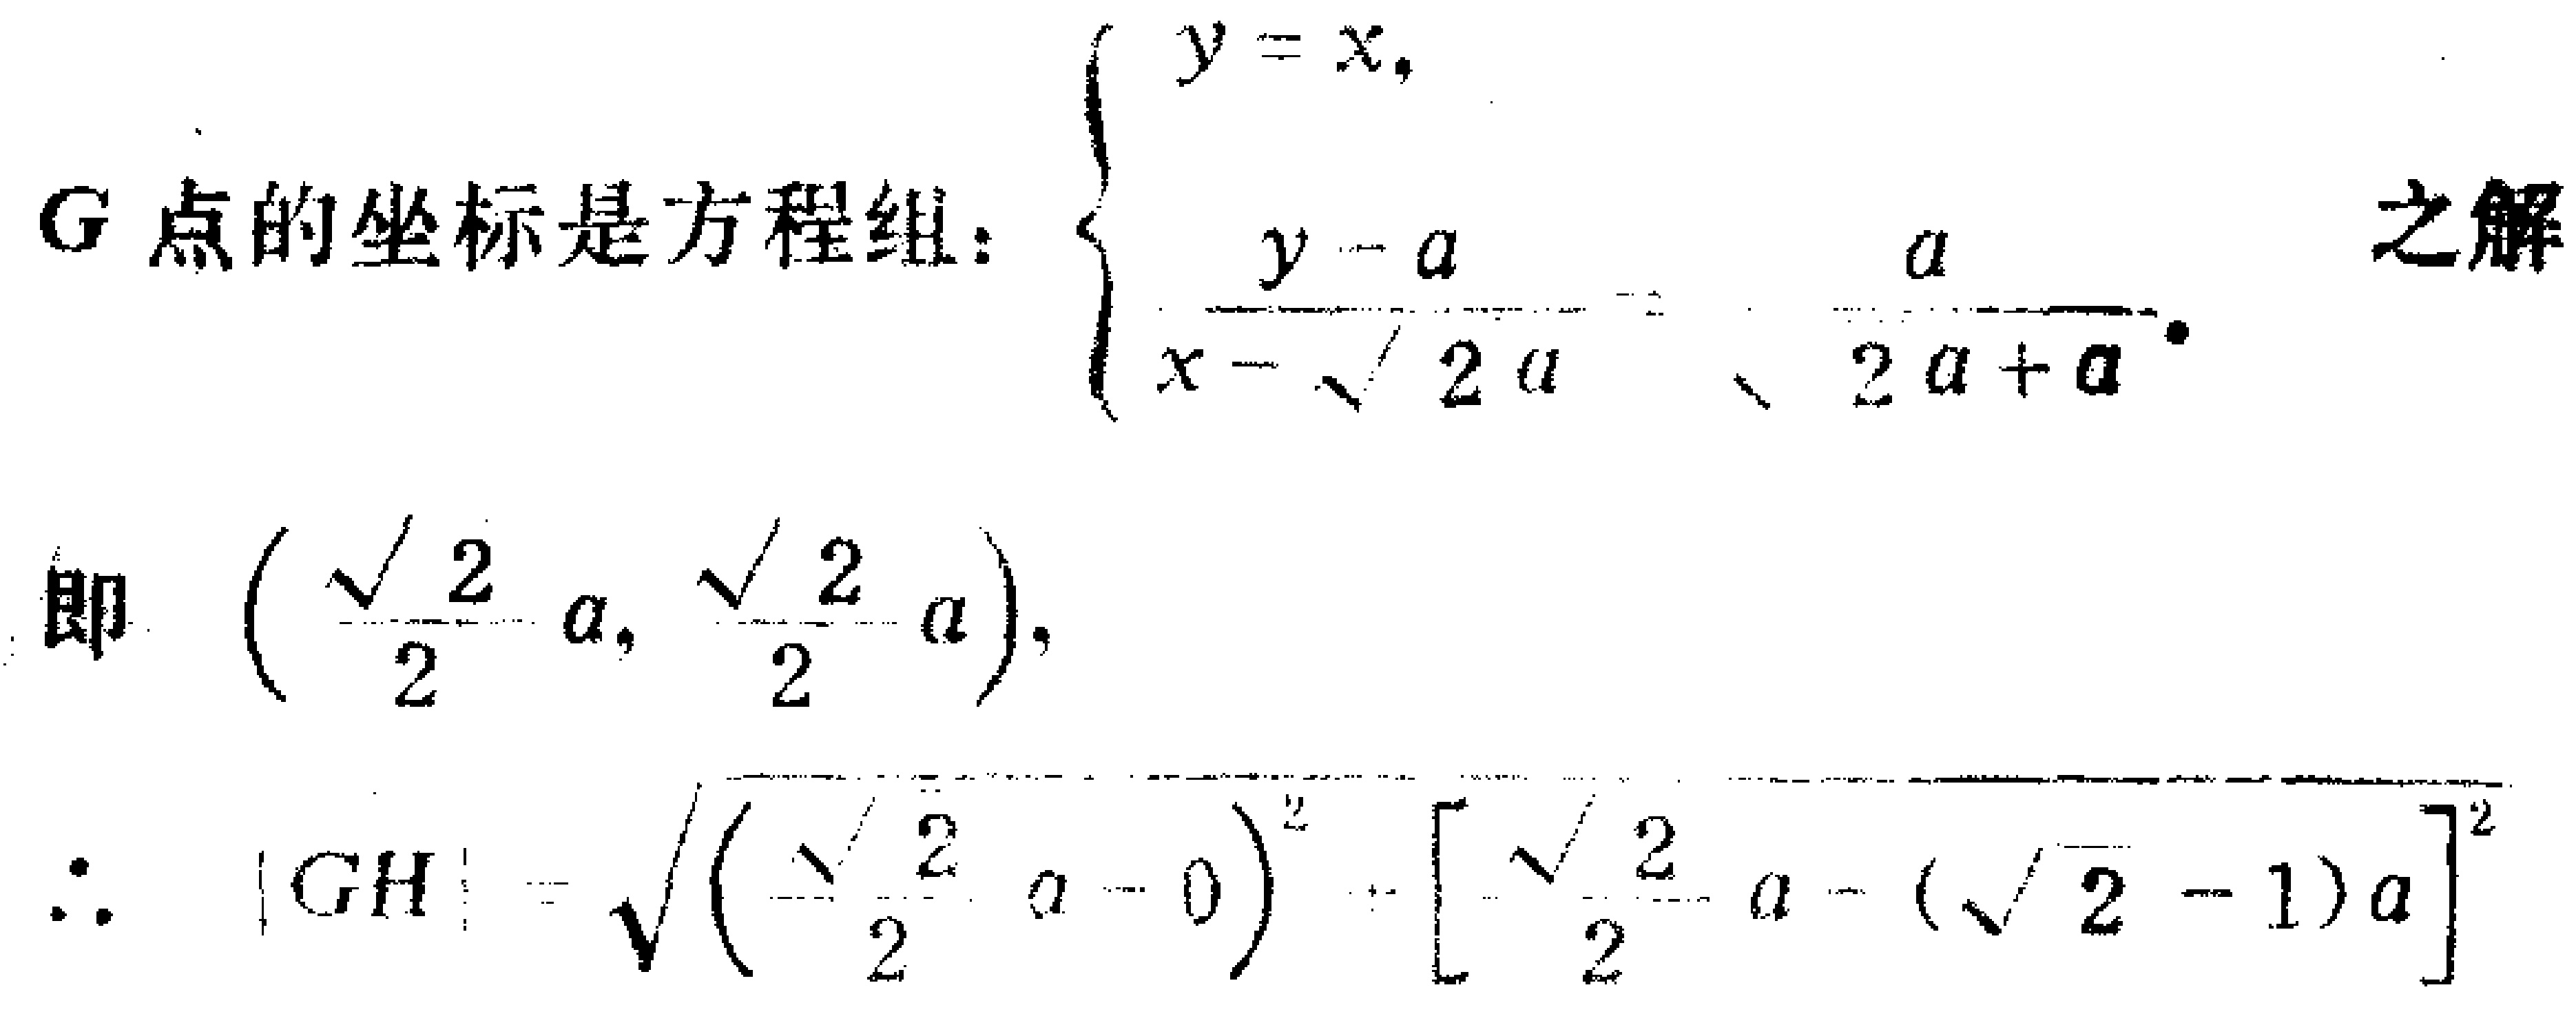
\(G\)点的坐标是方程组：\(\begin{cases}y = x,\\\frac{y - a}{x - \sqrt{2}a}=\frac{a}{\sqrt{2}a + a}\end{cases}\)之解

即 \((\frac{\sqrt{2}}{2}a, \frac{\sqrt{2}}{2}a)\)，

\(\therefore |GH|=\sqrt{(\frac{\sqrt{2}}{2}a - 0)^2+[\frac{\sqrt{2}}{2}a - (\sqrt{2} - 1)a]^2}\)